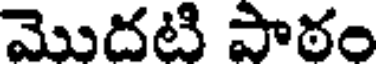
మొదటి పాఠం